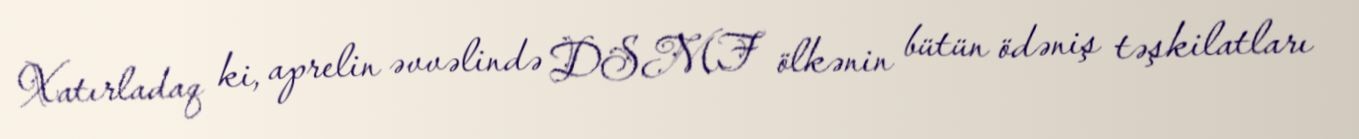
Xatırladaq ki, aprelin əvvəlində DSMF ölkənin bütün ödəniş təşkilatları